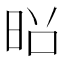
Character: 𫞃